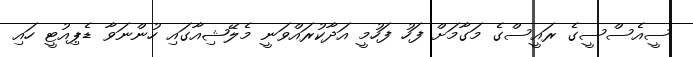
ސީއެސްސީގެ ރައީސްގެ މަގާމަށް ފަހު ފަހުމީ އަދާކުރައްވަނީ މެލޭޝިއާގައި ހުންނަވާ ޑެޕިއުޓީ ހައި